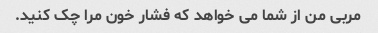
مربی من از شما می خواهد که فشار خون مرا چک کنید.